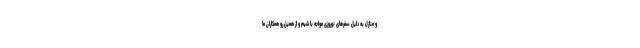
و منازل به دلیل سفرهای نوروزی مواجه باشیم و از همین رو همکاران ما